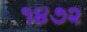
૧૪૭૨